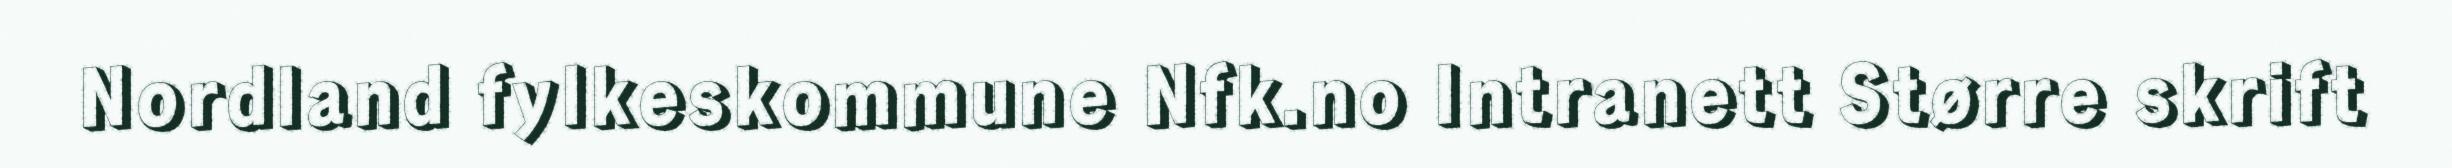
Nordland fylkeskommune Nfk.no Intranett Større skrift